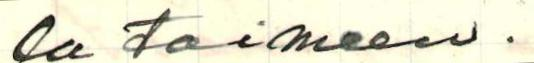
la toimeen.